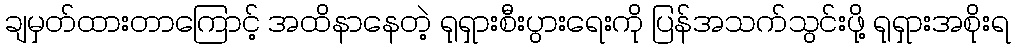
ချမှတ်ထားတာကြောင့် အထိနာနေတဲ့ ရုရှားစီးပွားရေးကို ပြန်အသက်သွင်းဖို့ ရုရှားအစိုးရ